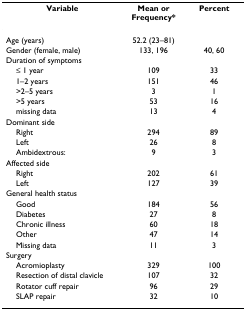
| Variable | Mean or Frequency* | Percent |
 | --- | --- | --- |
 | Age (years) | 52.2 (23–81) |  |
 | Gender (female, male) | 133, 196 | 40, 60 |
 | Duration of symptoms |  |  |
 | ≤ 1 year | 109 | 33 |
 | 1–2 years | 151 | 46 |
 | >2–5 years | 3 | 1 |
 | >5 years | 53 | 16 |
 | missing data | 13 | 4 |
 | Dominant side |  |  |
 | Right | 294 | 89 |
 | Left | 26 | 8 |
 | Ambidextrous: | 9 | 3 |
 | Affected side |  |  |
 | Right | 202 | 61 |
 | Left | 127 | 39 |
 | General health status |  |  |
 | Good | 184 | 56 |
 | Diabetes | 27 | 8 |
 | Chronic illness | 60 | 18 |
 | Other | 47 | 14 |
 | Missing data | 11 | 3 |
 | Surgery |  |  |
 | Acromioplasty | 329 | 100 |
 | Resection of distal clavicle | 107 | 32 |
 | Rotator cuff repair | 96 | 29 |
 | SLAP repair | 32 | 10 |